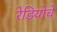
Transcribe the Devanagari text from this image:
रेडियोचे